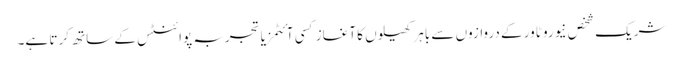
شریک شخص نیورو ٹاور کے دروازوں سے باہر کھیلوں کا آغاز کسی آئٹمز یا تجربہ پوائنٹس کے ساتھ کرتا ہے۔